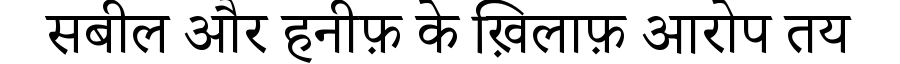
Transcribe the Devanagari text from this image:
सबील और हनीफ़ के ख़िलाफ़ आरोप तय